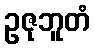
ဥဇုဘူတံ